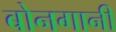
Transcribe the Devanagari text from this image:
बोनगानी